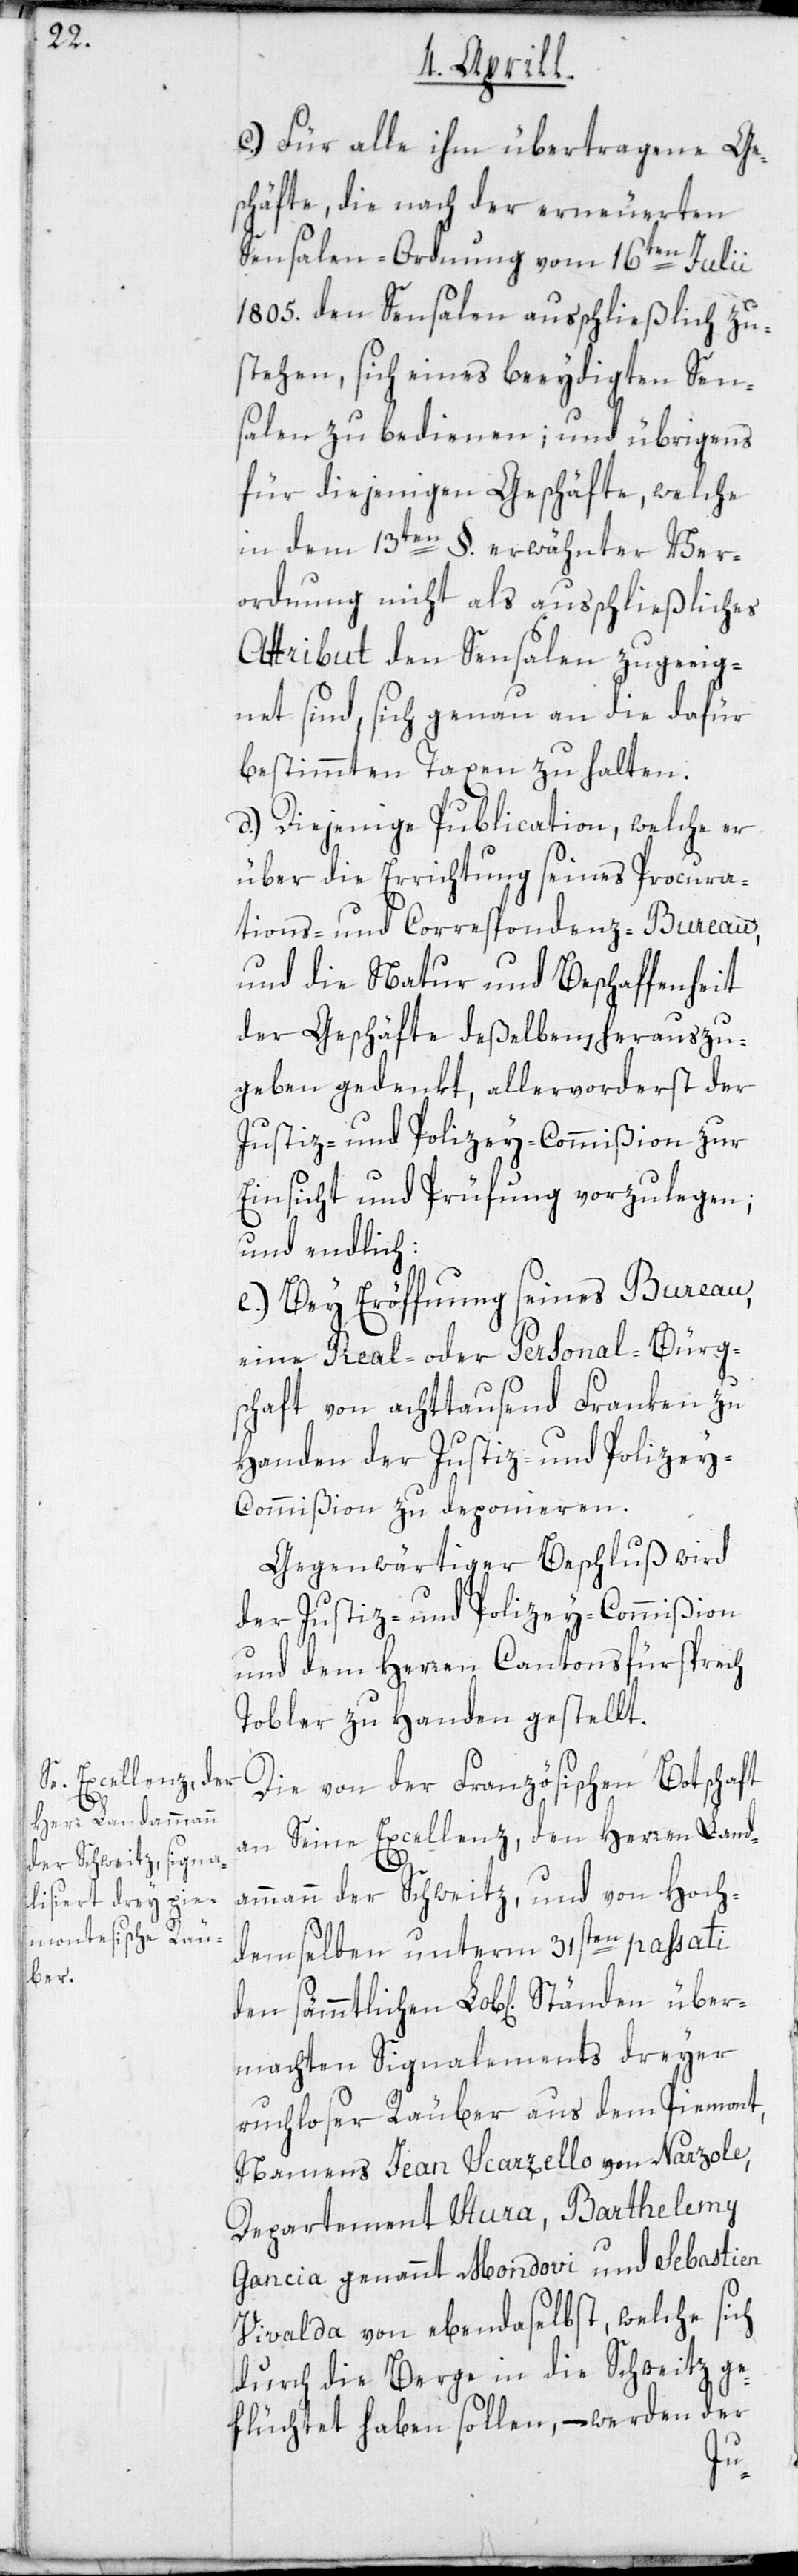
ber¬

c) Für alle ihm übertragene Ge¬
schäfte, die nach der erneuerten
Sensalen-Ordnung vom 16ten Juli¬
i1805. den Sensalen ausschließlich zu¬
stehen, sich eines beeydigten Sen¬
salen zu bedienen; und übrigens
für diejenigen Geschäfte, welche
in dem 13ten §. erwähnter Ver¬
ordnung nicht als ausschließliches
Attribut den Sensalen zugeeig¬
net sind, sich genau an die dafür
bestimmten Taxen zu halten.
d) Diejenige Publication, welche er
über die Errichtung seines Procura¬
tions- und Correspondenz-Bureau,
und die Natur und Beschaffenheit
der Geschäfte deßelben, herauszu¬
geben gedenkt, allervorderst der
Justiz- und Polizey-Commißion zur
Einsicht und Prüfung vorzulegen;
und endlich
e) Bey Eröffnung seines Bureau,
eine Real- oder Personal-Bürg¬
schaft von achttausend Franken zu
Handen der Justiz- und Polizey-C¬
ommißion zu deponieren.
Gegenwärtiger Beschluß wird
der Justiz- und Polizey-Commißion
und dem Herren Cantonsfürsprech
Tobler zu Handen gestellt.
Die von der Französischen Botschaft
an Seine Excellenz, den Herren Land¬
mann der Schweitz, und von Hoch¬
demselben unterm 31sten passati
machten Signalements dreyer
ruchloser Räuber aus dem Piemont,
Namens Jean Scarzello von Narzole,
Departement Stura, Barthelemy
Gancia genannt Mondovi; und Sebastien
Vivalda von ebendaselbst, welche sich
durch die Berge in die Schweitz ge¬
flüchtet haben sollen, – werden der
ü¬